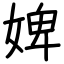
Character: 婢